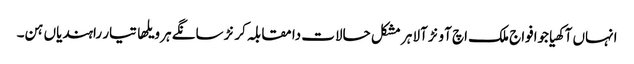
انہاں آکھیاجوافواج ملک اچ آونڑ آلا ہر مشکل حالات دا مقابلہ کرنڑ سانگے ہر ویلھا تیار راہندیاں ہن۔